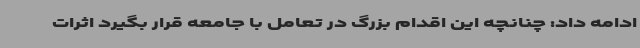
ادامه داد: چنانچه این اقدام بزرگ در تعامل با جامعه قرار بگیرد اثرات